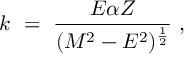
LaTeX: k \ = \ { \frac { E \alpha Z } { ( M ^ { 2 } - E ^ { 2 } ) ^ { \frac { 1 } { 2 } } } } \ ,